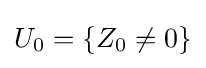
U_{0}=\{Z_{0}\neq 0\}